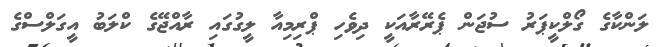
ލަންކާގެ ގޯލްކީޕަރު ސުޖަން ޕެރޭރާއަކީ ދިވެހި ޕްރިމިއާ ލީގުގައި ރާއްޖޭގެ ކްލަބު އީގަލްސްގެ